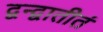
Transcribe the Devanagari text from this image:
द्वन्द्वातीतं